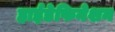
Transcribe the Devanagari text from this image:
हाईडेफिनेशन